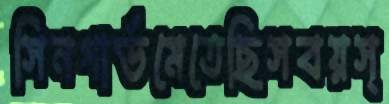
সিনগার্ডমেতেছিসবয়স্